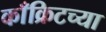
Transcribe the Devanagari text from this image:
काँक्रिटच्या